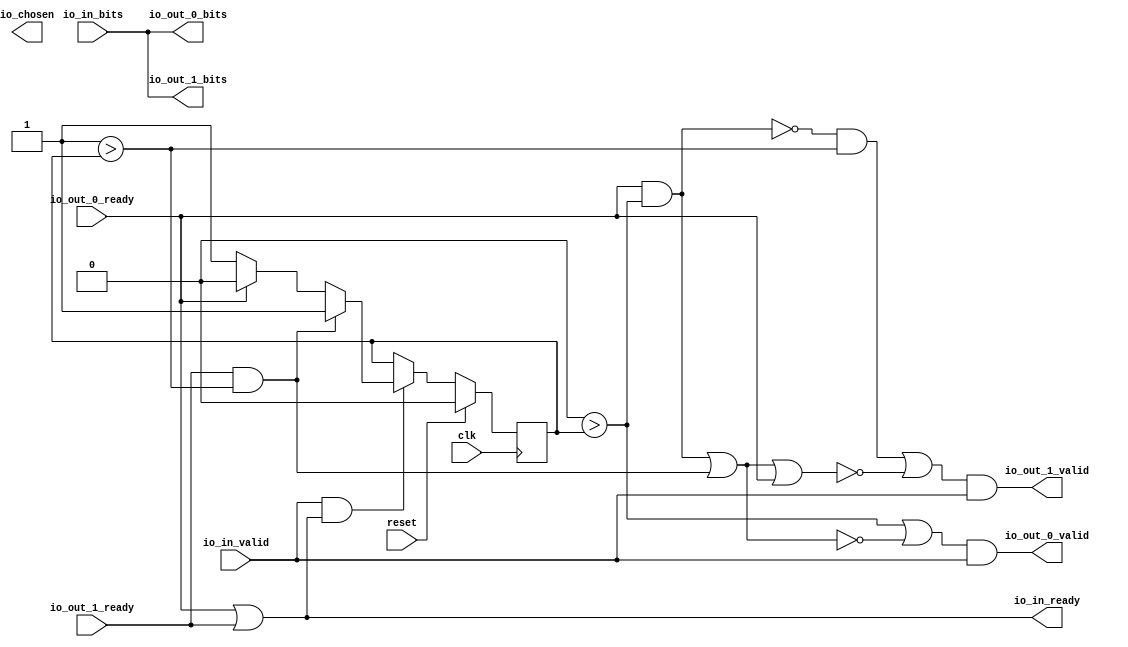
module RRDistributer_1(input clk, input reset,
    input  io_out_0_ready,
    output io_out_0_valid,
    output[31:0] io_out_0_bits,
    input  io_out_1_ready,
    output io_out_1_valid,
    output[31:0] io_out_1_bits,
    output io_in_ready,
    input  io_in_valid,
    input [31:0] io_in_bits,
    output io_chosen);
  wire T0;
  wire T1;
  wire T2;
  wire T3;
  wire T4;
  wire T5;
  wire T6;
  reg[0:0] last_grant;
  wire T7;
  wire T8;
  wire choose;
  wire T9;
  wire T10;
  wire T11;
  wire T12;
  wire T13;
  wire T14;
  wire T15;
  wire T16;
  wire T17;
  wire T18;
  wire T19;
  wire T20;
  wire T21;
  wire T22;
  assign io_in_ready = T0;
  assign T0 = io_out_0_ready || io_out_1_ready;
  assign io_out_0_valid = T1;
  assign T1 = T2 && io_in_valid;
  assign T2 = T14 || T3;
  assign T3 = ! T4;
  assign T4 = T12 || T5;
  assign T5 = io_out_1_ready && T6;
  assign T6 = 1'h1 > last_grant;
  assign T7 = io_in_valid && io_in_ready;
  assign T8 = T7 ? choose : last_grant;
  assign choose = T10 ? 1'h1 : T9;
  assign T9 = io_out_0_ready ? 1'h0 : 1'h1;
  assign T10 = io_out_1_ready && T11;
  assign T11 = 1'h1 > last_grant;
  assign T12 = io_out_0_ready && T13;
  assign T13 = 1'h0 > last_grant;
  assign T14 = 1'h0 > last_grant;
  assign io_out_1_valid = T15;
  assign T15 = T16 && io_in_valid;
  assign T16 = T20 || T17;
  assign T17 = ! T18;
  assign T18 = T19 || io_out_0_ready;
  assign T19 = T12 || T5;
  assign T20 = T22 && T21;
  assign T21 = 1'h1 > last_grant;
  assign T22 = ! T12;
  assign io_out_1_bits = io_in_bits;
  assign io_out_0_bits = io_in_bits;
  always @(posedge clk) begin
    if(reset) begin
      last_grant <= 1'h0;
    end else if(T7) begin
      last_grant <= T8;
    end
  end
endmodule